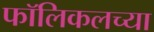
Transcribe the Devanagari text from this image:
फॉलिकलच्या